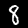
Label: 8